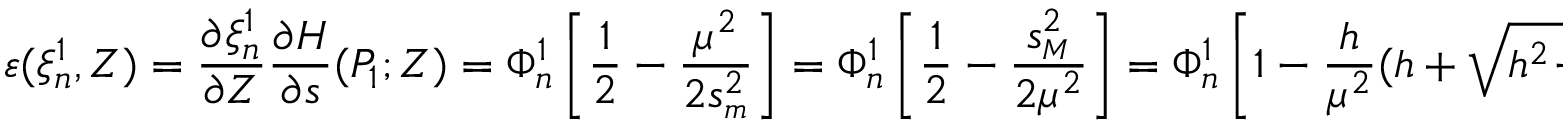
\varepsilon ( \xi _ { n } ^ { 1 } , Z ) = \frac { \partial \xi _ { n } ^ { 1 } } { \partial Z } \frac { \partial H } { \partial s } ( P _ { 1 } ; Z ) = \Phi _ { n } ^ { 1 } \left[ \frac 1 2 - \frac { \mu ^ { 2 } } { 2 s _ { { \scriptscriptstyle m } } ^ { 2 } } \right] = \Phi _ { n } ^ { 1 } \left[ \frac 1 2 - \frac { s _ { { \scriptscriptstyle M } } ^ { 2 } } { 2 \mu ^ { 2 } } \right] = \Phi _ { n } ^ { 1 } \left[ 1 - \frac { h } { \mu ^ { 2 } } ( h + \sqrt { h ^ { 2 } \! - \! \mu ^ { 2 } } ) \right]